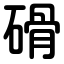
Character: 磆